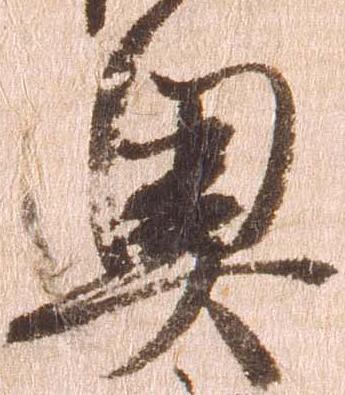
奥